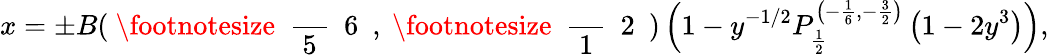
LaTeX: x=\pm B(\mathrm{~\footnotesize~\displaystyle~\frac~{~5~}~{~6~}~},\mathrm{~\footnotesize~\displaystyle~\frac~{~1~}~{~2~}~})\left(1-y^{-1/2}P_{\frac{1}{2}}^{\left(-\frac{1}{6},-\frac{3}{2}\right)}\left(1-2y^{3}\right)\right),